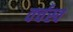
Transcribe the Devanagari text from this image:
वर्चस्‍व